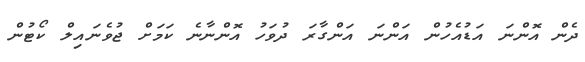
ދެން އޮންނަ އަޑުއެހުން އަންނަ އަންގާރަ ދުވަހު އޮންނާނެ ކަމަށް ޖުވެނައިލް ކޯޓުން